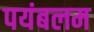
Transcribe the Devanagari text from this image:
पयंबलम